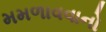
મમળાવવાનો